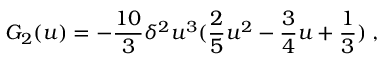
G _ { 2 } ( u ) = - { \frac { 1 0 } { 3 } } \delta ^ { 2 } u ^ { 3 } ( { \frac { 2 } { 5 } } u ^ { 2 } - { \frac { 3 } { 4 } } u + { \frac { 1 } { 3 } } ) \; ,